Vaccination in the Punjab 1905-1918 - 1905-1918
Year: 1905
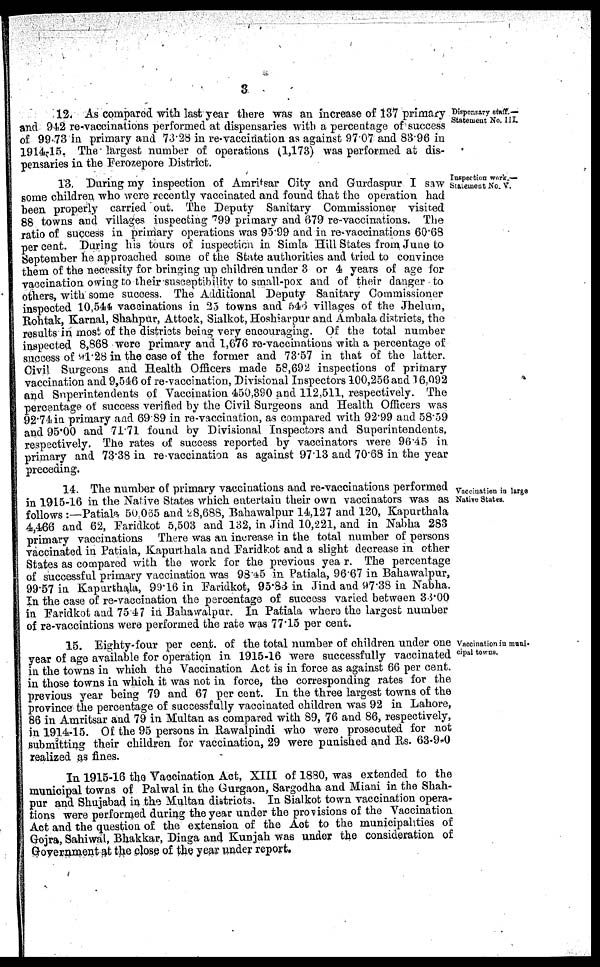
3
Dispensary staff.—
Statement No. III.
12. As compared with last year there was an increase of 137 primary
and 942 re-vaccinations performed at dispensaries with a percentage of success
of 99.73 in primary and 73.28 in re-vaccination as against 97.07 and 83.96 in
1914-15. The largest number of operations (1,173) was performed at dis-
pensaries in the Ferozepore District.
Inspection work.—
Statement No. V.
13. During my inspection of Amritsar City and Gurdaspur I saw
some children who were recently vaccinated and found that the operation had
been properly carried out. The Deputy Sanitary Commissioner visited
88 towns and villages inspecting 799 primary and 679 re-vaccinations. The
ratio of success in primary operations was 95.99 and in re-vaccinations 60.68
percent. During his tours of inspection in Simla Hill States from June to
September he approached some of the State authorities and tried to convince
them of the necessity for bringing up children under 3 or 4 years of age for
vaccination owing to their susceptibility to small-pox and of their danger to
others, with some success. The Additional Deputy Sanitary Commissioner
inspected 10,544 vaccinations in 25 towns and 546 villages of the Jhelum,
Rohtak, Karnal, Shahpur, Attock, Sialkot, Hoshiarpur and Ambala districts, the
results in most of the districts being very encouraging. Of the total number
inspected 8,868 were primary and 1,676 re-vaccinations with a percentage of
success of 91.28 in the case of the former and 73.57 in that of the latter.
Civil Surgeons and Health Officers made 58,692 inspections of primary
vaccination and 9,546 of re-vaccination, Divisional Inspectors 100,256 and 16.092
and Superintendents of Vaccination 450,390 and 112,511, respectively. The
percentage of success verified by the Civil Surgeons and Health Officers was
92.74 in primary and 69.89 in re-vaccination, as compared with 92.99 and 58.59
and 95.00 and 71.71 found by Divisional Inspectors and Superintendents,
respectively. The rates of success reported by vaccinators were 96.45 in
primary and 73.38 in re-vaccination as against 97.13 and 70.68 in the year
preceding.
Vaccination in large
Native States.
14. The number of primary vaccinations and re-vaccinations performed
in 1915-16 in the Native States which entertain their own vaccinators was as
follows :—Patiala 50.065 and 28,688, Bahawalpur 14,127 and 120, Kapurthala
4,466 and 62, Faridkot 5,503 and 132, in Jind 10,221, and in Nabha 283
primary vaccinations There was an increase in the total number of persons
vaccinated in Patiala, Kapurthala and Faridkot and a slight decrease in other
States as compared with the work for the previous yea r. The percentage
of successful primary vaccination was 98.45 in Patiala, 96.67 in Bahawalpur,
99.57 in Kapurthala, 99.16 in Faridkot, 95.83 in Jind and 97.38 in Nabha.
In the case of re-vaccination the percentage of success varied between 33.00
in Faridkot and 75.47 in Bahawalpur. In Patiala where the largest number
of re-vaccintions were performed the rate was 77.15 per cent.
Vaccination in muni-
cipal towns.
15. Eighty-four per cent. of the total number of children under one
year of age available for operation in 1915-16 were successfully vaccinated
in the towns in which the Vaccination Act is in force as against 66 per cent.
in those towns in which it was not in force, the corresponding rates for the
previous year being 79 and 67 per cent. In the three largest towns of the
province the percentage of successfully vaccinated children was 92 in Lahore,
86 in Amritsar and 79 in Multan as compared with 89, 76 and 86, respectively,
in 1914-15. Of the 95 persons in Rawalpindi who were prosecuted for not
submitting their children for vaccination, 29 were punished and Rs. 63-9-0
realized as fines.
In 1915-16 the Vaccination Act, XIII of 1880, was extended to the
municipal towns of Palwal in the Gurgaon, Sargodha and Miani in the Shah-
pur and Shujabad in the Multan districts. In Sialkot town vaccination opera-
tions were performed during the year under the provisions of the Vaccination
Act and the question of the extension of the Act to the municipalities of
Gojra, Sahiwal, Bhakkar, Dinga and Kunjah was under the consideration of
Government at the close of the year under report.